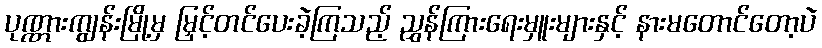
ပုဏ္ဏားကျွန်းမြို့မှ မြှင့်တင်ပေးခဲ့ကြသည့် ညွှန်ကြားရေးမှူးများနှင့် နားမတောင်တော့ပဲ